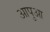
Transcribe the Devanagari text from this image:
आपुआ